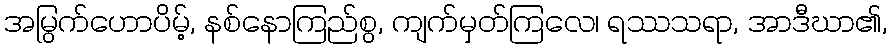
အမြွက်ဟောပိမ့်, နစ်နောကြည်စွ, ကျက်မှတ်ကြလေ၊ ရဿသရာ, အာဒီဃာ၏,